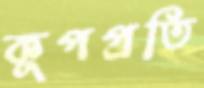
কূপপ্রতি